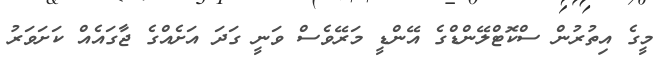
މީގެ އިތުރުން ސްކޮޓްލޭންޑްގެ އޭންޑީ މަރޭވެސް ވަނީ ގަދަ އަށެއްގެ ޖާގައެއް ކަށަވަރު